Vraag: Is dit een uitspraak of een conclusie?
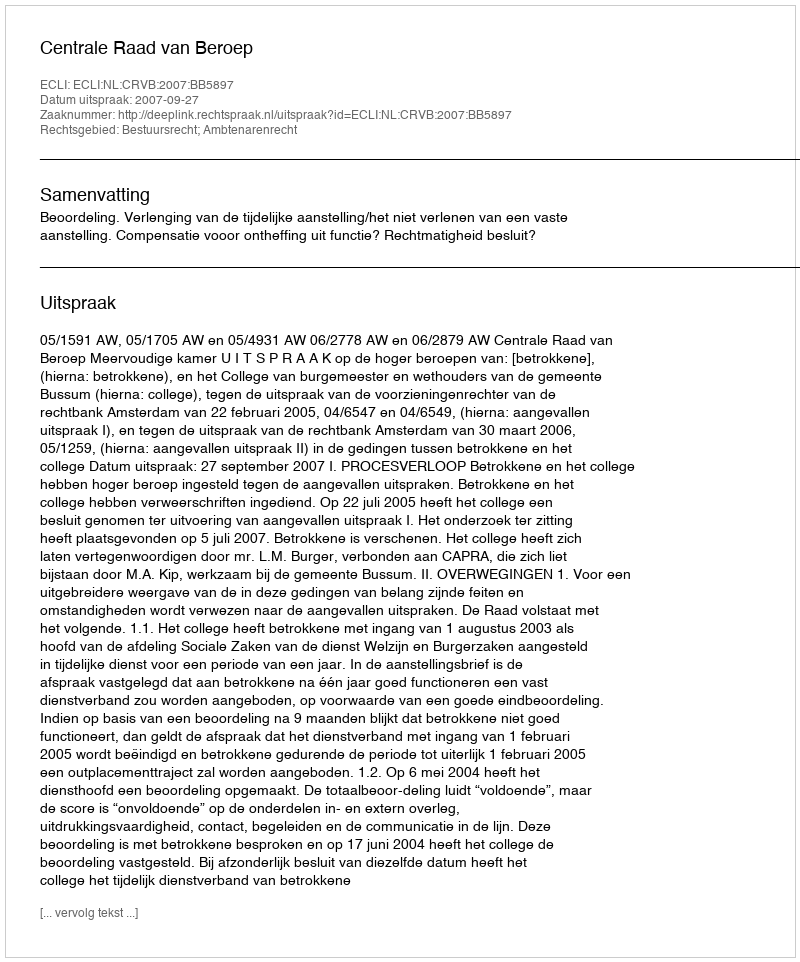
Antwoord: Uitspraak